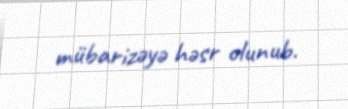
mübarizəyə həsr olunub.